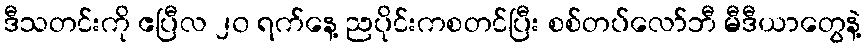
ဒီသတင်းကို ဧပြီလ ၂၀ ရက်နေ့ ညပိုင်းကစတင်ပြီး စစ်တပ်လော်ဘီ မီဒီယာတွေနဲ့